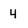
Character: 4